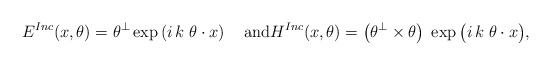
\begin{align*}E^{Inc}(x,\theta) = \theta^{\perp} \exp\left(i \, k \; \theta \cdot x \right)\quad\mbox{and}H^{Inc}(x,\theta) = \big( \theta^{\perp} \times \theta \big) \; \exp\big(i \, k \; \theta \cdot x \big),\end{align*}